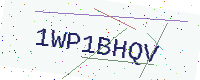
Text: 1WP1BHQV